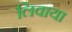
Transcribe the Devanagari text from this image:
लिवाया